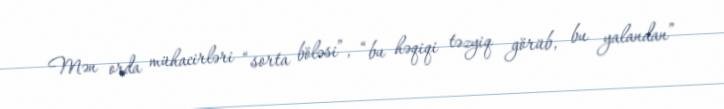
Mən orda mühacirləri “sorta böləsi”, “bu həqiqi təzyiq görüb, bu yalandan”